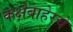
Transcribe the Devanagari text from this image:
कक्षेबाहेरचे